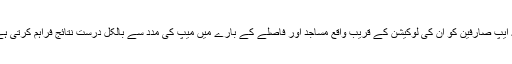
یہ ایپ صارفین کو ان کی لوکیشن کے قریب واقع مساجد اور فاصلے کے بارے میں میپ کی مدد سے بالکل درست نتائج فراہم کرتی ہے۔